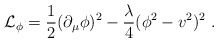
\begin{align*}{\cal{L}}_{\phi}= \frac {1} {2} ( \partial_{\mu} \phi)^2 - \frac {\lambda} {4}(\phi^2 - v^2)^2 \; .\end{align*}